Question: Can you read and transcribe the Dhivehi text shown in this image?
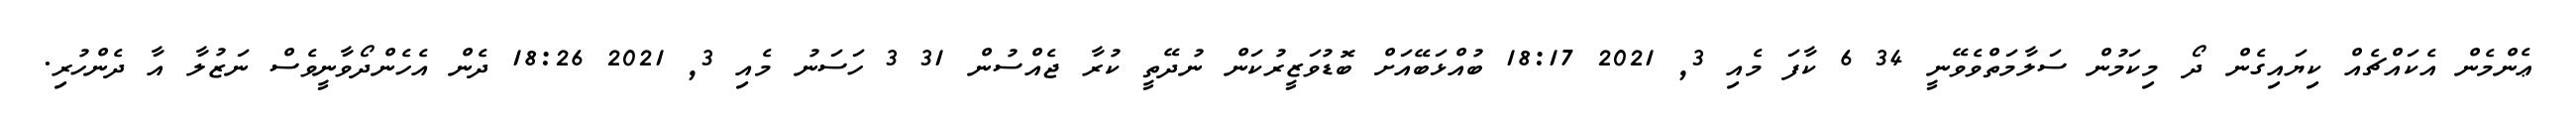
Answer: ޢެންމެން އެކައްޗެއް ކިޔައިގެން ދޯ މިކަމުން ސަލާމަތްވެވޭނީ 34 6 ކާފަ މެއި 3, 2021 18:17 ބުއްޅަބޭއަށް ބޮޑުވަޒީރުކަން ނުދޭތީ ކުރާ ޖެއްސުން 31 3 ހަސަނު މެއި 3, 2021 18:26 ދެން އެހެންދޯވާނީވެސް ނަޒުލާ އާ ދެންހުރި.